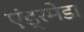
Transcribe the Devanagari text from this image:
एंड्रमेडा